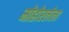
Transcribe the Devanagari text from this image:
मोहोरलेला